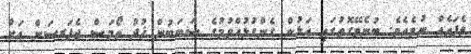
ވެފައެއް ނުވެއެވެ. ބުނެވޭގޮތުގައި އަޅުން ގެންގުޅުއްވުމުގެ ސަބަބުން ޚުދު ތޯމަސް ޖެފަރސަން އަށް